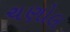
ચણોલ